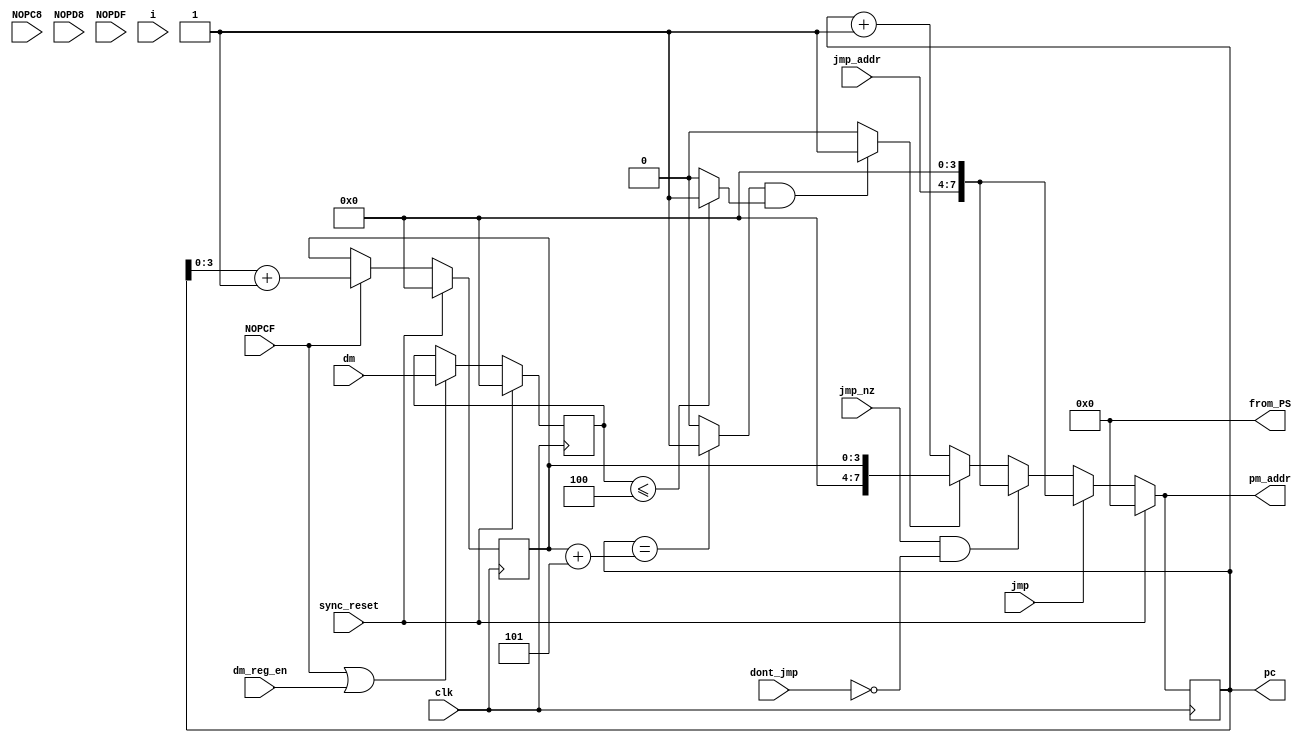
module program_sequencer(
	input clk, sync_reset, jmp, jmp_nz, dont_jmp,
	input NOPC8, NOPCF, NOPD8, NOPDF,		// inputs; will probably need in exam
	input [3:0] jmp_addr,
	input [3:0] i, dm,
	input dm_reg_en,
	output reg [7:0] pm_addr,
	output reg [7:0] pc,			// made output for final exam (instead of internal)
	output reg [7:0] from_PS			// made specifically for final exam scrambler
	);


always @ *
from_PS = 8'h0;  // in exam
//from_PS = pc;		// testing prior to exam

always @ (posedge clk)
pc <= pm_addr;

reg [3:0] limit;
// limit
always @ *
limit = 4'h4;

reg [3:0] ix, dm_ix;
// ix
always @ (posedge clk)
if (sync_reset == 1'b1)
	ix = 4'h0;
else if (NOPCF == 1'b1)		// NOPCF is in ir rn, i holds correct value for ix (dm location = 7) 
	ix = i;
else
	ix = ix;

// dm_ix
always @ (posedge clk)
if (sync_reset == 1'b1)
	dm_ix = 4'h0;
else if ((NOPCF == 1'b1) || (dm_reg_en == 1'b1))	// NOPCF or a mov/load dm is being executed atm
	dm_ix = dm;		// either dm is being loaded or the loop is starting; either way, want to update dm_ix
else
	dm_ix = dm_ix;


reg [3:0] start_addr, end_addr;
reg ir_eq_end_addr, dm_ix_lte_limit, jump_again;

// start_addr
always @ (posedge clk)
if (sync_reset == 1'b1)
	start_addr = 4'h0;
else if (NOPCF == 1'b1)
	start_addr = pc+1; 		// NOPCF currently being executed; want next instr addr
else
	start_addr = start_addr;

// end_addr
always @ *
end_addr =  start_addr + 4'd5;	// loop length is 6, so end_addr is start_addr + (6-1)

// ir_eq_end_addr
always @ *
if (pc == end_addr)
	ir_eq_end_addr = 1'b1; // current instr is last one in loop
else
	ir_eq_end_addr = 1'b0; // current ir is still in loop (or outside of loop)

// dm_ix_lte_limit
always @ *
if (dm_ix <= limit)
	dm_ix_lte_limit = 1'b1; // keep jumping & executing loop
else
	dm_ix_lte_limit = 1'b0; // loop_count == 0, i.e. don't jump anymore

// jump_again
always @ *
if ((ir_eq_end_addr == 1'b1) && (dm_ix_lte_limit))		// not done looping, and we're at the end of the loop
	jump_again = 1'b1; // jump to start_addr, & decrement loop_count
else
	jump_again = 1'b0; // don't derement loop_count (either leave alone or load from r), and pm_addr = pc+1



// next_addr logic
always @ *
if (sync_reset == 1'b1) 
	pm_addr = 8'd0;
else if (jmp == 1'b1) 
	pm_addr = {jmp_addr, 4'd0};
else if ((jmp_nz == 1'b1) && (dont_jmp == 1'b0)) 
	pm_addr = {jmp_addr, 4'd0};
else if (jump_again == 1'b1)
	pm_addr = start_addr;
else 
	pm_addr = pc + 8'd1;

endmodule